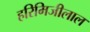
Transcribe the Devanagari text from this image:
हरिमिजीलाल